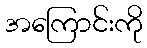
အကြောင်းကို